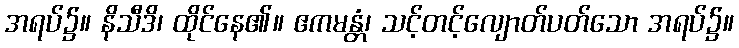
အရပ်၌။ နိသီဒိ၊ ထိုင်နေ၏။ ဧကမန္တံ၊ သင့်တင့်လျောတ်ပတ်သော အရပ်၌။